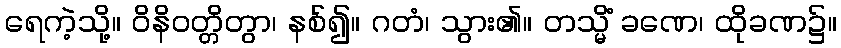
ရေကဲ့သို့။ ဝိနိဝတ္တိတွာ၊ နစ်၍။ ဂတံ၊ သွား၏။ တသ္မိံ ခဏေ၊ ထိုခဏ၌။